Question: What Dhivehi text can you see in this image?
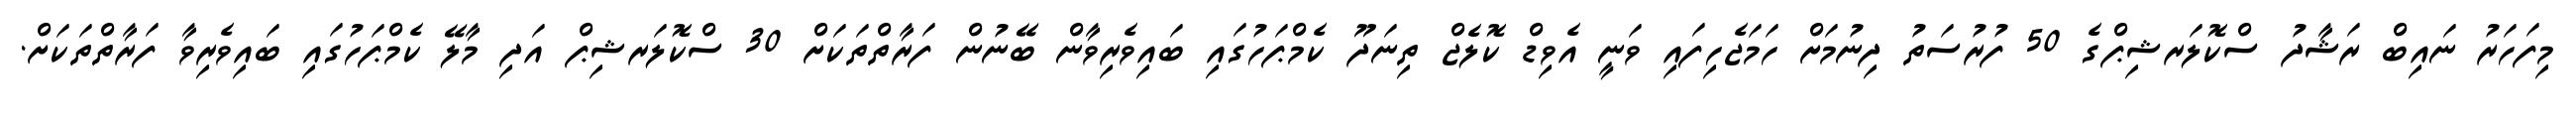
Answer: މިފަހަރު ނައިބް ރަޝާދު ސްކޮލަރޝިޕްގެ 50 ފުރުސަތު ދިނުމަށް ހަމަޖެހިފައި ވަނީ އެވިޑް ކޮލެޖް ތިނަދޫ ކެމްޕަހުގައި ބައިވެރިވާން ބޭނުން ފަރާތްތަކަށް 30 ސްކޮލަރޝިޕް އަދި މާލޭ ކެމްޕަހުގައި ބައިވެރިވާ ފަރާތްތަކަށް.